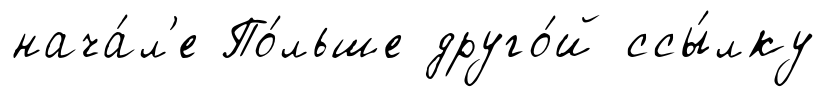
нача́л'е По́льше друго́й ссы́лку